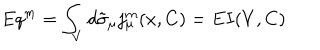
E q ^ { m } = \int _ { V } d \tilde { \sigma } _ { \mu } j _ { \mu } ^ { m } ( x , C ) = E I ( V , C )